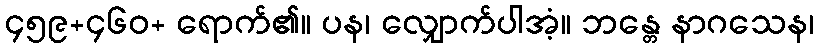
၄၅၉+၄၆၀+ ရောက်၏။ ပန၊ လျှောက်ပါအံ့။ ဘန္တေ နာဂသေန၊